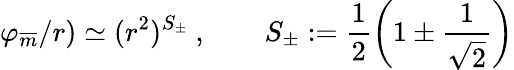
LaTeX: \varphi_{\overline{{{m}}}}/r)\simeq(r^{2})^{S_{\pm}}\ ,\qquad S_{\pm}:=\frac{1}{2}\left(1\pm\frac{1}{\sqrt{2}}\right)